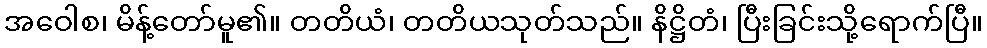
အဝေါစ၊ မိန့်တော်မူ၏။ တတိယံ၊ တတိယသုတ်သည်။ နိဋ္ဌိတံ၊ ပြီးခြင်းသို့ရောက်ပြီ။